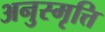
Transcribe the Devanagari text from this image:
अनुस्मृत्ति